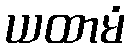
ယထာမံ